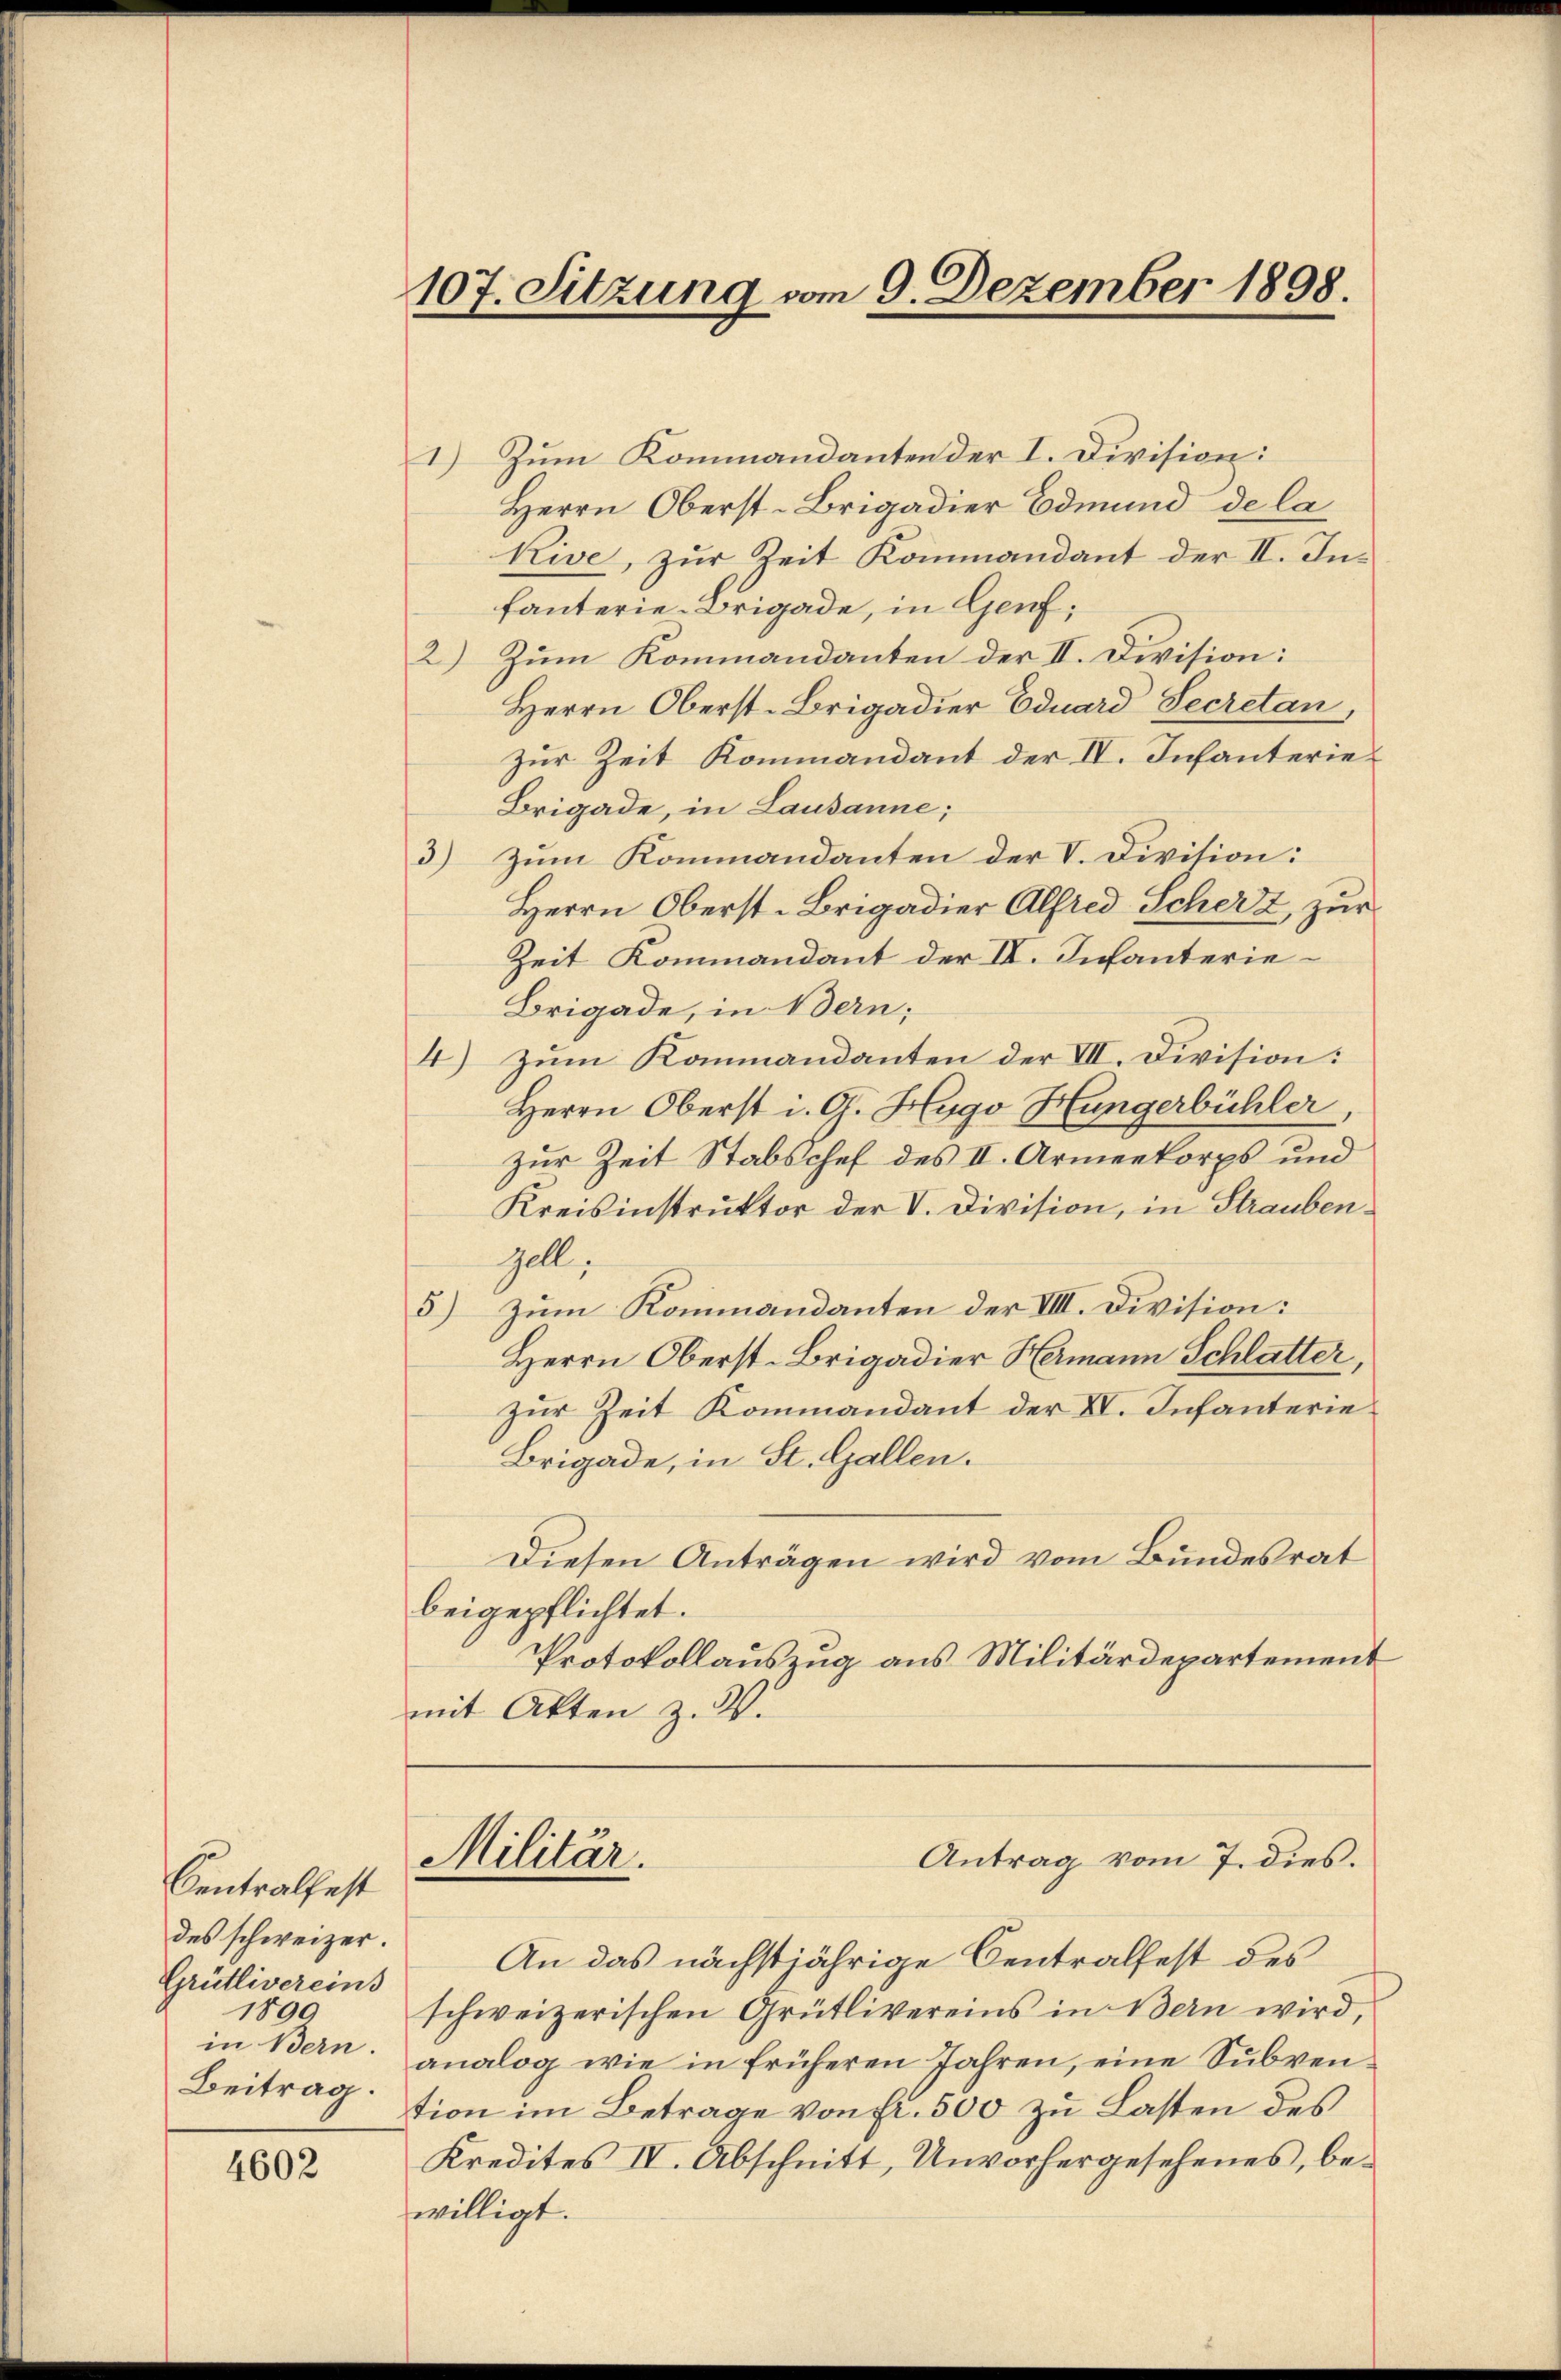
Centralfest
des schweizer.
Grütlivereins
1899
in Bern
Beitrag.

4602

107. Sitzung vom 9. Dezember 1898.

I.) Zum Kommandanten der I. Division:
Herrn Oberst-Brigadier Edmund de la
Kive, zur Zeit Kommandant der II. Infanterie-Brigade, in Genf,
2) Zum Kommandanten der II. Division:
Herrn Oberst-Brigadier Eduard Secretan,
Zur Zeit Kommandant der IV. Infanterie¬
Brigade, in Lausanne;
3) Zum Kommandanten der V. Division:
Herrn Oberst-Brigadier Alfred Scherz, zur
Zeit Kommandant der IV. Infanterie¬
Brigade, in Bern;
4) zum Kommandanten der VII. Division:
Herrn Oberst i. G. Hugo Hungerbühler,
Zur Zeit Stabschef des II. Armeekorps und
Kreisinstruktor der V. Division, in Straubengell,
5) Zum Kommandanten der VIII. Division:
Herrn Oberst-Brigadier Hermann Schlatter,
zur Zeit Kommandant der VV. Infanterie
Brigade, in St. Gallen.
Diesen Anträgen wird vom Bundesrat
beigepflichtet.
Protokollauszug aus Militärdepartement
mit Akten z. W.
Antrag vom 7. dies.
Militär.
An das nächstjährige Centralfest des
schweizerischen Grütlivereins in Bern wird,
analog wie in früheren Jahren, eine Subvention im Betrage von fr. 500 zu Lasten des
Kredites IV. Abschnitt, Unvorhergesehenes, bewilligt.